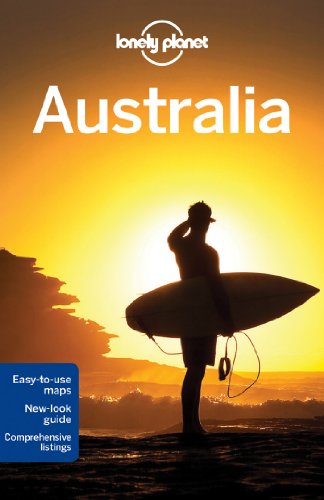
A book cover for Lonely Planet Australia (Travel Guide); Lonely Planet; Sports & Outdoors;